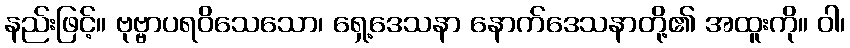
နည်းဖြင့်။ ဗုဗ္ဗာပရဝိသေသော၊ ရှေ့ဒေသနာ နောက်ဒေသနာတို့၏ အထူးကို။ ဝါ၊